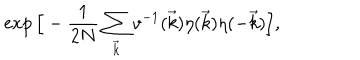
LaTeX: \exp \Big [ - \frac { 1 } { 2 N } \sum _ { \vec { k } } v ^ { - 1 } ( \vec { k } ) \eta ( \vec { k } ) \eta ( - \vec { k } ) \Big ] ,